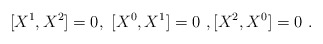
\begin{align*}[X^1,X^2]=0, \ [X^{0},X^1]=0\ , [X^2,X^0]=0 \ .\end{align*}